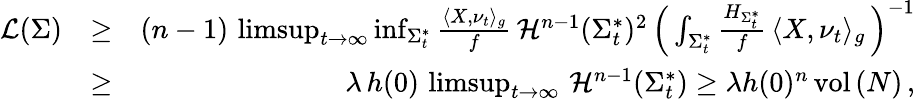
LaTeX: \begin{array}{rlr}{\mathcal{L}(\Sigma)}&{\ge}&{(n-1)\, \operatorname*{limsup}_{t\to\infty}\operatorname*{inf}_{\Sigma_{t}^{*}}\frac{\langle X,\nu_{t}\rangle_{g}}f\, \mathcal{H}^{n-1}(\Sigma_{t}^{*})^{2}\, \Big(\int_{\Sigma_{t}^{*}}\frac{H_{\Sigma_{t}^{*}}}{f}\, \langle X,\nu_{t}\rangle_{g}\, \Big)^{-1}}\\ &{\ge}&{\lambda\, h(0)\, \operatorname*{limsup}_{t\to\infty}\, \mathcal{H}^{n-1}(\Sigma_{t}^{*})\ge\lambda h(0)^{n}\, \mathrm{vol}\, (N)\, ,}\end{array}